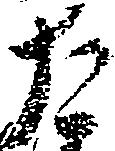
た